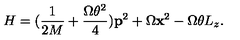
H = ( \frac { 1 } { 2 M } + \frac { \Omega \theta ^ { 2 } } { 4 } ) { \bf p } ^ { 2 } + \Omega { \bf x } ^ { 2 } - \Omega \theta L _ { z } .